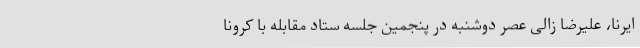
ایرنا، علیرضا زالی عصر دوشنبه در پنجمین جلسه ستاد مقابله با کرونا